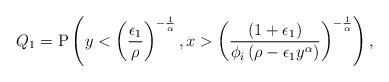
LaTeX: \begin{align*}Q_1&= \mathrm{P}\left( y<\left(\frac{\epsilon_1}{\rho }\right)^{-\frac{1}{\alpha}}, x>\left(\frac{(1+\epsilon_1)}{ \phi_i \left( \rho -\epsilon_1 y^{\alpha}\right)}\right)^{-\frac{1}{\alpha}}\right),\end{align*}